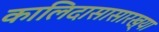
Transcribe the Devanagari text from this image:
कालिदासासारख्या